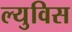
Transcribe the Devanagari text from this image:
ल्युविस